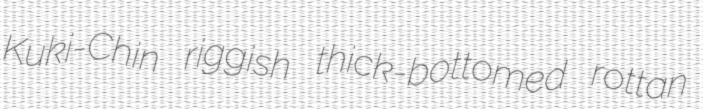
Kuki-Chin riggish thick-bottomed rottan